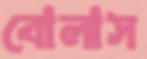
বোলাস